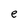
Character: e